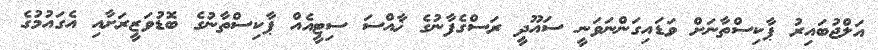
އަލްޖުބައިރު ޕާކިސްތާނަށް ވަޑައިގަންނަވަނީ ސައޫދީ ރަސްގެފާނުގެ ޚާއްސަ ސިޓީއެއް ޕާކިސްތާނުގެ ބޮޑުވަޒީރަށާއި އެގައުމުގެ